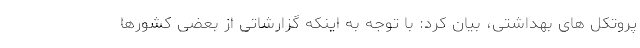
پروتکل های بهداشتی، بیان کرد: با توجه به اینکه گزارشاتی از بعضی کشورها